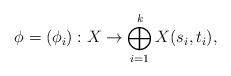
LaTeX: \begin{align*}\phi = (\phi_i) : X \to \bigoplus_{i=1}^k X(s_i,t_i),\end{align*}